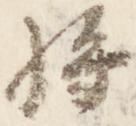
将